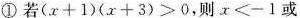
①若$$(x+1)(x+3)>0$$，则$$x<-1$$或